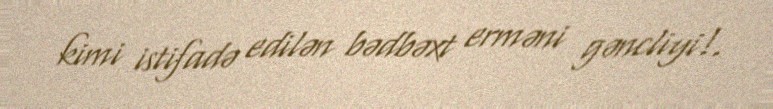
kimi istifadə edilən bədbəxt erməni gəncliyi!.